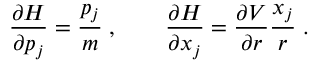
\frac { \partial H } { \partial p _ { j } } = \frac { p _ { j } } { m } \; , \qquad \frac { \partial H } { \partial x _ { j } } = \frac { \partial V } { \partial r } \frac { x _ { j } } { r } \; .